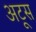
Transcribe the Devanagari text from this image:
अटूस